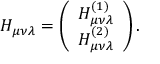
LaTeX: { \cal H } _ { \mu \nu \lambda } = \left( \begin{array} { c } { { H _ { \mu \nu \lambda } ^ { ( 1 ) } } } \\ { { H _ { \mu \nu \lambda } ^ { ( 2 ) } } } \end{array} \right) .